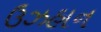
ઉઝહાન